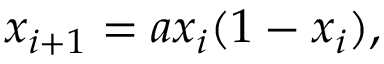
x _ { i + 1 } = a x _ { i } ( 1 - x _ { i } ) ,